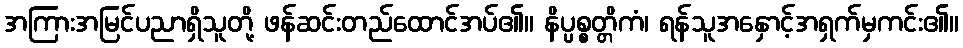
အကြားအမြင်ပညာရှိသူတို့ ဖန်ဆင်းတည်ထောင်အပ်၏။ နိပ္ပစ္စတ္တိကံ၊ ရန်သူအနှောင့်အရှက်မှကင်း၏။